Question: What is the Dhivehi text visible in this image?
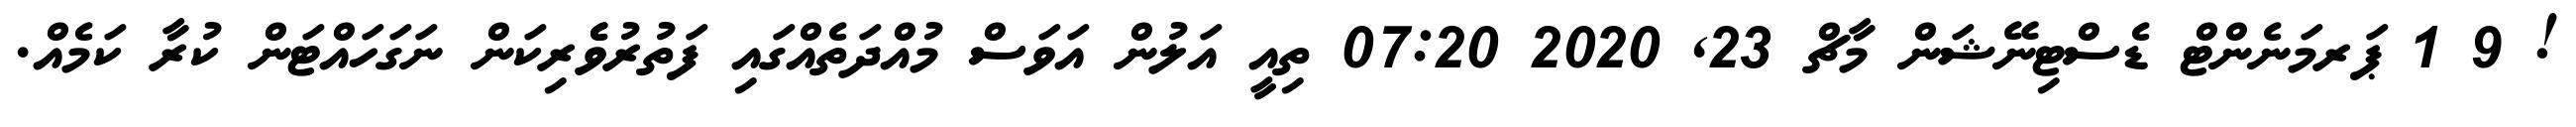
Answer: ! 9 1 ޕަރމަނެންޓް ޑެސްޓިނޭޝަން މާޗް 23, 2020 07:20 ތިއީ އަލުން އަވަސް މުއްދަތެއްގައި ފަތުރުވެެރިކަން ނަގަހައްޓަން ކުރާ ކަމެއް.